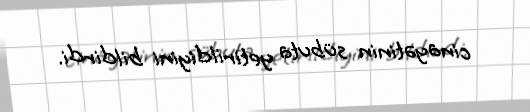
cinayətinin sübuta yetirildiyini bildirdi.